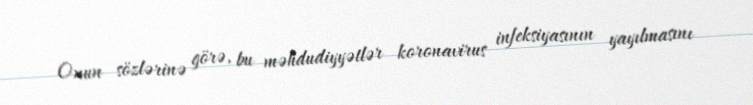
Onun sözlərinə görə, bu məhdudiyyətlər koronavirus infeksiyasının yayılmasını